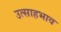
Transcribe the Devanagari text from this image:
उत्साहभाव